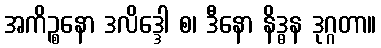
အကိဉ္စနော ဒလိဒ္ဒေါ စ၊ ဒီနော နိဒ္ဓန ဒုဂ္ဂတာ။